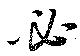
必